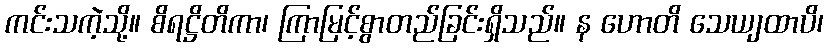
ကင်းသကဲ့သို့။ စိရဋ္ဌိတိကာ၊ ကြာမြင့်စွာတည်ခြင်းရှိသည်။ န ဟောတိ သေယျထာပိ၊